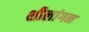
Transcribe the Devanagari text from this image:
शीलांगन